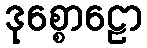
ဒုစ္စောဠော